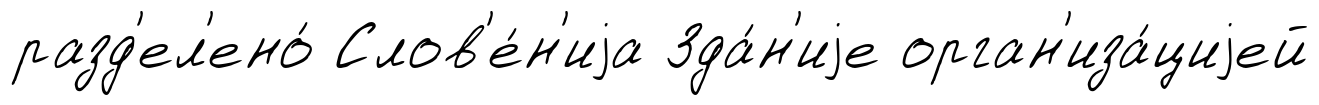
разд'ел'ено́ Слов'е́н'иjа Зда́н'иjе орган'иза́циjей